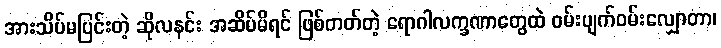
အားသိပ်မပြင်းတဲ့ ဆိုလနင်း အဆိပ်မိရင် ဖြစ်တတ်တဲ့ ရောဂါလက္ခဏာတွေထဲ ဝမ်းပျက်ဝမ်းလျှောတာ၊